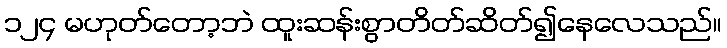
၁၂၄ မဟုတ်တော့ဘဲ ထူးဆန်းစွာတိတ်ဆိတ်၍နေလေသည်။